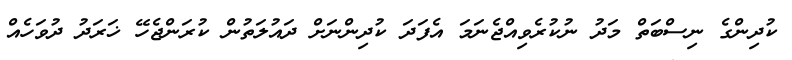
ކުދިންގެ ނިސްބަތް މަދު ނުކުރެވިއްޖެނަމަ އެފަދަ ކުދިންނަށް ދައުލަތުން ކުރަންޖެހޭ ޚަރަދު ދުވަހެއް